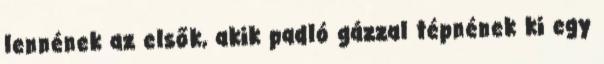
lennének az elsők, akik padló gázzal tépnének ki egy